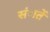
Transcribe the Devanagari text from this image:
संातें